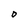
Character: D